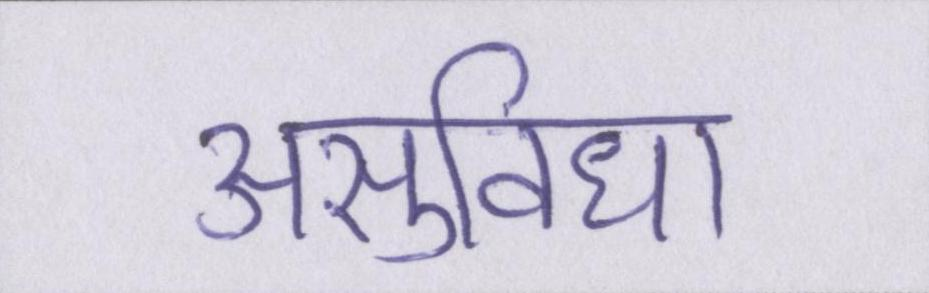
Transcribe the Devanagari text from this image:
असुविधा